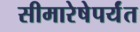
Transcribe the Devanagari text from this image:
सीमारेषेपर्यंत